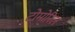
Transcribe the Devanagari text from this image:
टोमोरिल